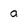
Character: a